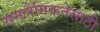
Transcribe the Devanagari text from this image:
समलैँगिकतेसाठी